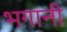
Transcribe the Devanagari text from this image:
भगानी